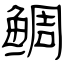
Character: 鲷